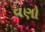
વણો